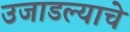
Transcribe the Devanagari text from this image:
उजाडल्याचे